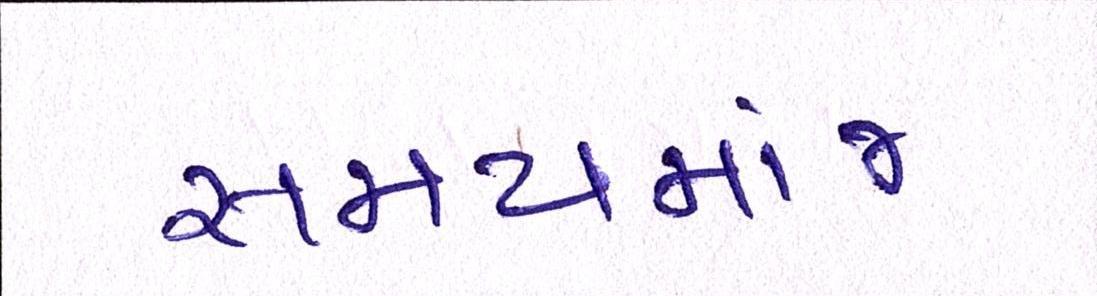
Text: સમયમાંજ